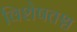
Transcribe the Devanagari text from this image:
विशेषतश्च